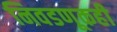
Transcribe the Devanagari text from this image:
निवडणूकही